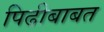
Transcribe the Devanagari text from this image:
पिढीबाबत